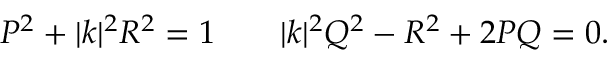
P ^ { 2 } + | k | ^ { 2 } R ^ { 2 } = 1 \qquad | k | ^ { 2 } Q ^ { 2 } - R ^ { 2 } + 2 P Q = 0 .